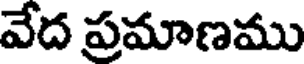
వేద ప్రమాణము